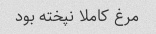
مرغ کاملا نپخته بود